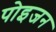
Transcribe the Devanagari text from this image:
पोइजन